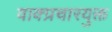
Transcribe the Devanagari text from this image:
वाक्प्रचारयुक्त